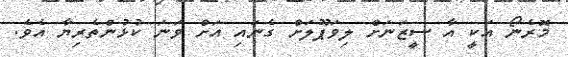
މޮރެނޯ އަކީ އާ ސީޒަނަށް ލިވަޕޫލަށް ގެނައި އަށް ވަނަ ކުޅުންތެރިޔާ އެވެ.